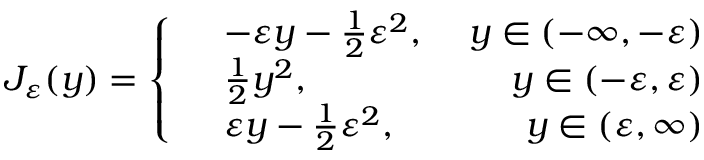
J _ { \varepsilon } ( y ) = \left\{ \begin{array} { r l r } & { - \varepsilon y - \frac { 1 } { 2 } \varepsilon ^ { 2 } , } & { \ y \in ( - \infty , - \varepsilon ) } \\ & { \frac { 1 } { 2 } y ^ { 2 } , } & { \ y \in ( - \varepsilon , \varepsilon ) } \\ & { \varepsilon y - \frac { 1 } { 2 } \varepsilon ^ { 2 } , } & { \ y \in ( \varepsilon , \infty ) } \end{array} \right.